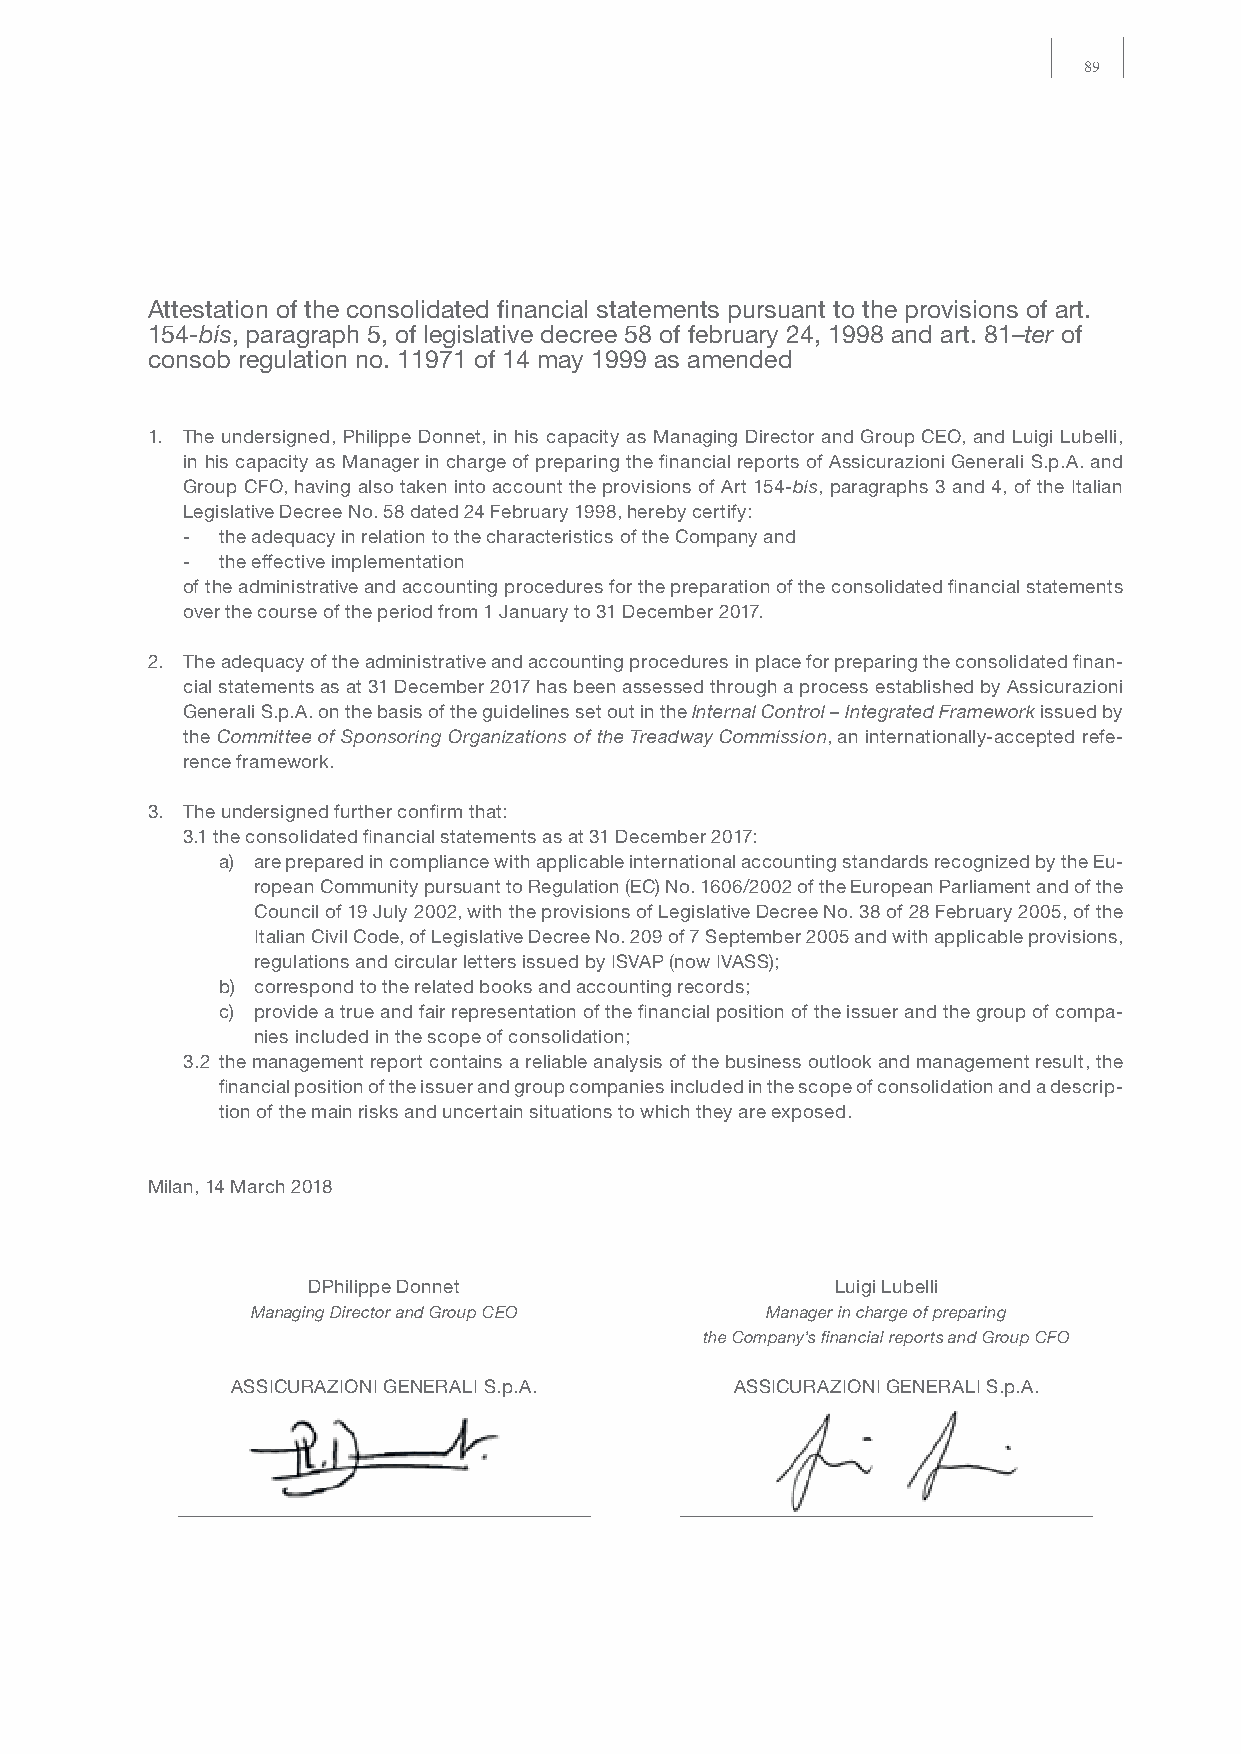
89
 Attestation of the consolidated financial statements pursuant to the provisions of art.
 154-bis, paragraph 5, of legislative decree 58 of february 24, 1998 and art. 81–ter of
 consob regulation no. 11971 of 14 may 1999 as amended
 1. The undersigned, Philippe Donnet, in his capacity as Managing Director and Group CEO, and Luigi Lubelli,
 in his capacity as Manager in charge of preparing the financial reports of Assicurazioni Generali S.p.A. and
 Group CFO, having also taken into account the provisions of Art 154-bis, paragraphs 3 and 4, of the Italian
 Legislative Decree No. 58 dated 24 February 1998, hereby certify:
 - the adequacy in relation to the characteristics of the Company and
 - the effective implementation
 of the administrative and accounting procedures for the preparation of the consolidated financial statements
 over the course of the period from 1 January to 31 December 2017.
 2. The adequacy of the administrative and accounting procedures in place for preparing the consolidated finan-
 cial statements as at 31 December 2017 has been assessed through a process established by Assicurazioni
 Generali S.p.A. on the basis of the guidelines set out in the Internal Control – Integrated Framework issued by
 the Committee of Sponsoring Organizations of the Treadway Commission, an internationally-accepted refe-
 rence framework.
 3. The undersigned further confirm that:
 3.1 the consolidated financial statements as at 31 December 2017:
 a) are prepared in compliance with applicable international accounting standards recognized by the Eu-
 ropean Community pursuant to Regulation (EC) No. 1606/2002 of the European Parliament and of the
 Council of 19 July 2002, with the provisions of Legislative Decree No. 38 of 28 February 2005, of the
 Italian Civil Code, of Legislative Decree No. 209 of 7 September 2005 and with applicable provisions,
 regulations and circular letters issued by ISVAP (now IVASS);
 b) correspond to the related books and accounting records;
 c) provide a true and fair representation of the financial position of the issuer and the group of compa-
 nies included in the scope of consolidation;
 3.2 the management report contains a reliable analysis of the business outlook and management result, the
 financial position of the issuer and group companies included in the scope of consolidation and a descrip-
 tion of the main risks and uncertain situations to which they are exposed.
 Milan, 14 March 2018
 DPhilippe Donnet                   Luigi Lubelli
 Managing Director and Group CEO   Manager in charge of preparing
 the Company’s financial reports and Group CFO
 ASSICURAZIONI GENERALI S.p.A.     ASSICURAZIONI GENERALI S.p.A.